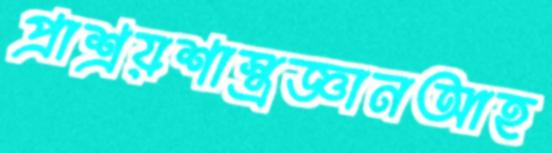
প্রাশ্রয়শাস্ত্রজ্ঞানআহ